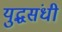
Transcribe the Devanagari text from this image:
युद्धसंधी